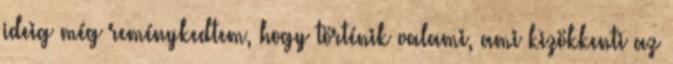
ideig még reménykedtem, hogy történik valami, ami kizökkenti az